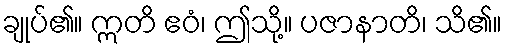
ချုပ်၏။ ဣတိ ဧဝံ၊ ဤသို့။ ပဇာနာတိ၊ သိ၏။